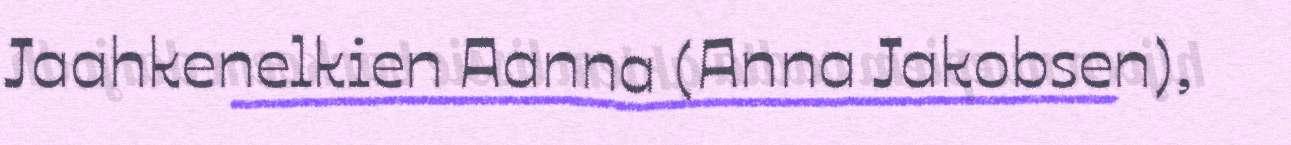
Jaahkenelkien Aanna (Anna Jakobsen),